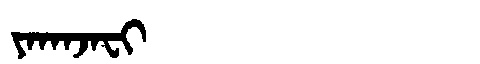
Manchu: ᠶᠠᡴᠠᠵᠠᠸᡳ
Romanization: YAKAJAFI